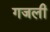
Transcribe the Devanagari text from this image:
गजली